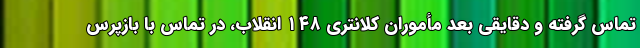
تماس گرفته و دقایقی بعد مأموران کلانتری ۱۴۸ انقلاب، در تماس با بازپرس